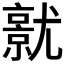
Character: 𡰜